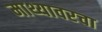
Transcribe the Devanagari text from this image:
माथ्यावरचा